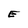
Character: E